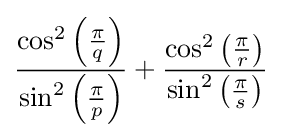
{\frac {\cos ^{2}\left({\frac {\pi }{q}}\right)}{\sin ^{2}\left({\frac {\pi }{p}}\right)}}+{\frac {\cos ^{2}\left({\frac {\pi }{r}}\right)}{\sin ^{2}\left({\frac {\pi }{s}}\right)}}